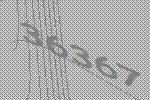
36367